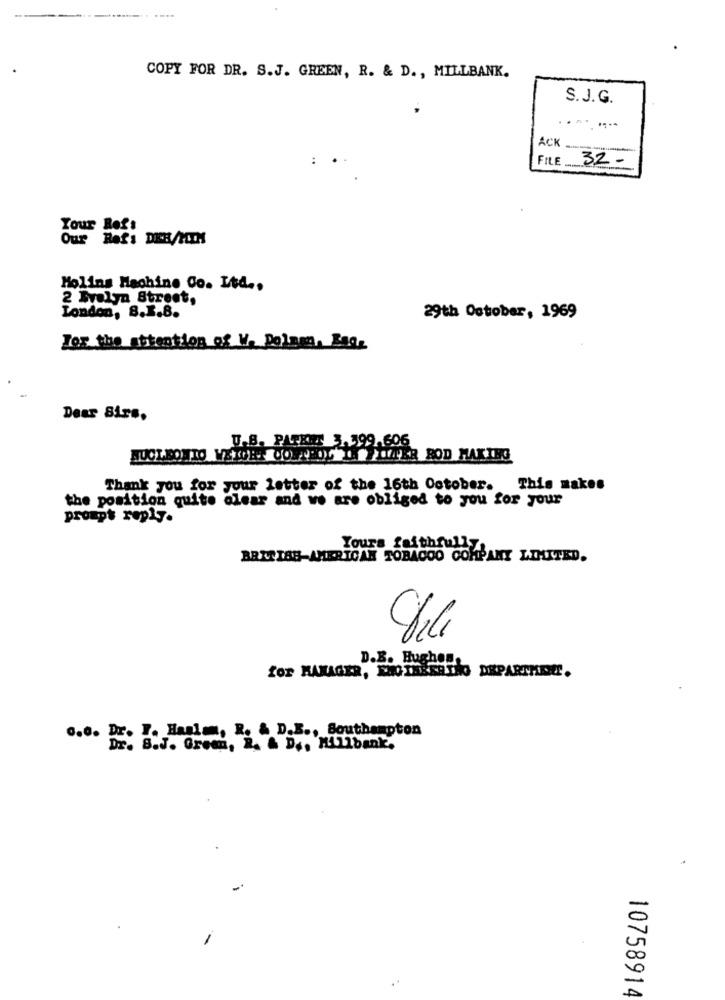
COPY FOR DR. S.J. GREEN, R. & D ., MILLBANK.
S. J.G.
ACK
FILE 32-
Your Ref:
Our Ref: DICH/HIM
Molins Machine Co. Ltd ..
2 Evelyn Street,
London, 8.3.8.
29th October, 1969
For the attention of W. Dolnen, Bag.
Dear Sirs.
U.B. PARKIS 3.399.606
NUCLEOTIO VELGER 00 NEOS PIPER BOD MAKING
Thank you for your letter of the 16th October. This makes
the position quite clear and we are obliged to you for your
prompt reply.
Yours faithfully
BRITISH-AMERICAN TOBACCO COMPANY LIMITED.
D.B. Hughes.
for MANAGER, ENGINEERING DEPARTMENT.
6.6. Dr. T. Hanla, R. & D.E ., Southampton
DE. S.J. Grom, L. & D ., Killbank,
-
10758914